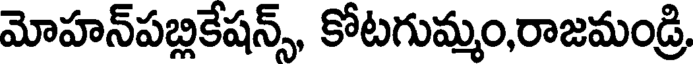
మోహన్పబ్లికేషన్స్, కోటగుమ్మం,రాజమండ్రి,